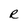
Character: E